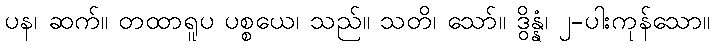
ပန၊ ဆက်။ တထာရူပ ပစ္စယေ၊ သည်။ သတိ၊ သော်။ ဒွိန္နံ၊ ၂-ပါးကုန်သော။